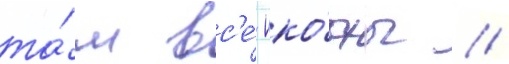
та́м вс'е́ ико́ны //